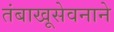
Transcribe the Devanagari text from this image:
तंबाखूसेवनाने